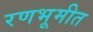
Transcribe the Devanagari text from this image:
रणभूमीत